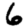
Digit: 6